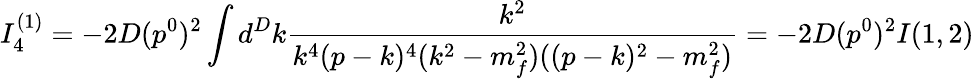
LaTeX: I_{4}^{(1)}=-2D(p^{0})^{2}\int d^{D}k\frac{k^{2}}{k^{4}(p-k)^{4}(k^{2}-m_{f}^{2})((p-k)^{2}-m_{f}^{2})}=-2D(p^{0})^{2}I(1,2)